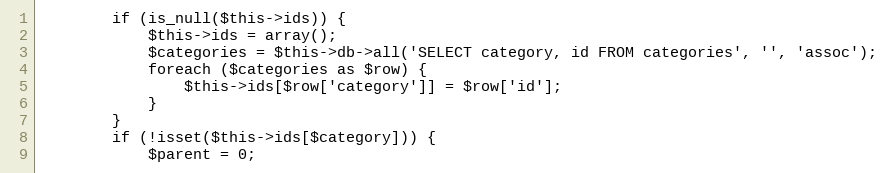
Language: PHP
        if (is_null($this->ids)) {
            $this->ids = array();
            $categories = $this->db->all('SELECT category, id FROM categories', '', 'assoc');
            foreach ($categories as $row) {
                $this->ids[$row['category']] = $row['id'];
            }
        }
        if (!isset($this->ids[$category])) {
            $parent = 0;